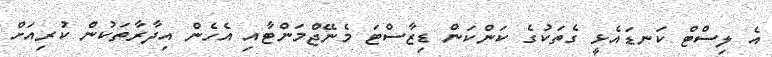
އެ ލިސްޓް ކަނޑައެޅީ ގެތަކުގެ ކަންކަން ޑިޒާސްޓަ މެނޭޖްމަންޓާއި އެހެން އިދާރާތަކުން ކުރިއަށް